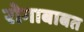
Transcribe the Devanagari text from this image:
रोगाबाबत